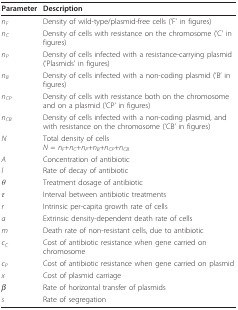
<table><thead><tr><td><b>Parameter</b></td><td><b>Description</b></td></tr></thead><tbody><tr><td><i>n</i><sub><i>F</i></sub></td><td>Density of wild-type/plasmid-free cells (&#x27;F&#x27; in figures)</td></tr><tr><td><i>n</i><sub><i>C</i></sub></td><td>Density of cells with resistance on the chromosome (&#x27;C&#x27; in figures)</td></tr><tr><td><i>n</i><sub><i>P</i></sub></td><td>Density of cells infected with a resistance-carrying plasmid (&#x27;Plasmids&#x27; in figures)</td></tr><tr><td><i>n</i><sub><i>B</i></sub></td><td>Density of cells infected with a non-coding plasmid (&#x27;B&#x27; in figures)</td></tr><tr><td><i>n</i><sub><i>CP</i></sub></td><td>Density of cells with resistance both on the chromosome and on a plasmid (&#x27;CP&#x27; in figures)</td></tr><tr><td><i>n</i><sub><i>CB</i></sub></td><td>Density of cells infected with a non-coding plasmid, and with resistance on the chromosome (&#x27;CB&#x27; in figures)</td></tr><tr><td><i>N</i></td><td>Total density of cells<i>N </i>= <i>n</i><sub><i>F</i></sub>+<i>n</i><sub><i>C</i></sub>+<i>n</i><sub><i>P</i></sub>+<i>n</i><sub><i>B</i></sub>+<i>n</i><sub><i>CP</i></sub>+<i>n</i><sub><i>CB</i></sub></td></tr><tr><td><i>A</i></td><td>Concentration of antibiotic</td></tr><tr><td><i>l</i></td><td>Rate of decay of antibiotic</td></tr><tr><td><i>θ</i></td><td>Treatment dosage of antibiotic</td></tr><tr><td><i>τ</i></td><td>Interval between antibiotic treatments</td></tr><tr><td><i>r</i></td><td>Intrinsic per-capita growth rate of cells</td></tr><tr><td><i>a</i></td><td>Extrinsic density-dependent death rate of cells</td></tr><tr><td><i>m</i></td><td>Death rate of non-resistant cells, due to antibiotic</td></tr><tr><td><i>c</i><sub><i>C</i></sub></td><td>Cost of antibiotic resistance when gene carried on chromosome</td></tr><tr><td><i>c</i><sub><i>P</i></sub></td><td>Cost of antibiotic resistance when gene carried on plasmid</td></tr><tr><td><i>x</i></td><td>Cost of plasmid carriage</td></tr><tr><td><i>β</i></td><td>Rate of horizontal transfer of plasmids</td></tr><tr><td><i>s</i></td><td>Rate of segregation</td></tr></tbody></table>